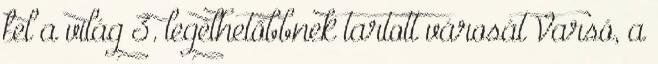
fel a világ 3. legélhetőbbnek tartott városát Varsó, a